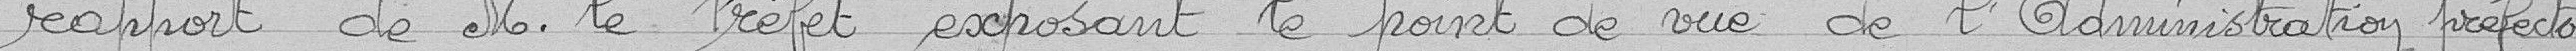
rapport de monsieur Le Préfet exposant le point de vue de l'Administration préfecto-